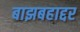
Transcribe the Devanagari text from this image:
बाझबहाद्दर